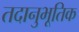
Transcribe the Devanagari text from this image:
तदानुभूतिक